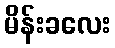
မိန်းခလေး